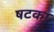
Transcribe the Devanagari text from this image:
षटका